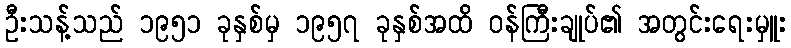
ဦးသန့်သည် ၁၉၅၁ ခုနှစ်မှ ၁၉၅၇ ခုနှစ်အထိ ဝန်ကြီးချုပ်၏ အတွင်းရေးမှူး